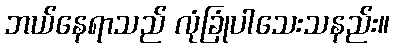
ဘယ်နေရာသည် လုံခြုံပါသေးသနည်း။